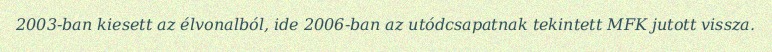
2003-ban kiesett az élvonalból, ide 2006-ban az utódcsapatnak tekintett MFK jutott vissza.